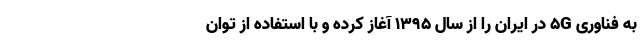
به فناوری 5G در ایران را از سال 1395 آغاز کرده و با استفاده از توان